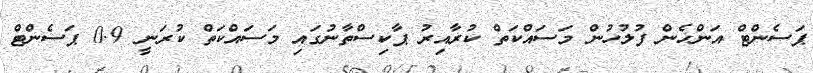
ޕަސެންޓް އަންހެން ފުލުހުން މަސައްކަތް ކުރާއިރު ޕާކިސްތާނުގައި މަސައްކަތް ކުރަނީ 0.9 ޕަސެންޓް